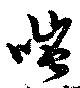
嗤